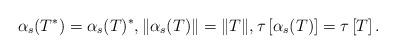
LaTeX: \begin{align*}\alpha_s(T^*)=\alpha_s(T)^*, \|\alpha_s(T)\|= \|T\|, \tau\left[ \alpha_s(T)\right]=\tau\left[T\right]. \end{align*}